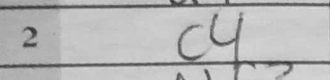
Transcription: c4